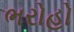
ભરોહો